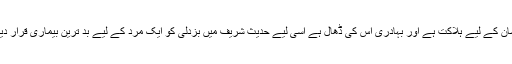
بزدلی انسان کے لیے ہلاکت ہے اور بہادری اس کی ڈھال ہے اسی لیے حدیث شریف میں بزدلی کو ایک مرد کے لیے بد ترین بیماری قرار دیا گیا ہے۔